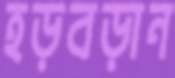
হড়বড়ান